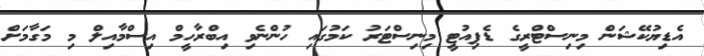
އެޑިޔުކޭޝަން މިނިސްޓްރީގެ ޑެޕިއުޓީ މިނިސްޓަރު ކަމުގައި ހުންނެވި އިބްރާހީމް އިސްމާއިލް މި މަގާމަށް